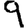
Digit: 9